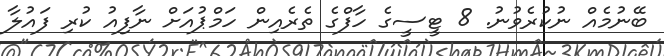
ބޭނުމެއް ނުކުރެވުނު. 8 ޓީސީގެ ހާފްގެ ތެރެއިން ހަމްޕުއަށް ނާފިއު ކުރި ފައުލާ